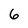
Character: 6